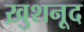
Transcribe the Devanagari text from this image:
ख़ुशनूद